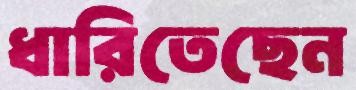
ধারিতেছেন